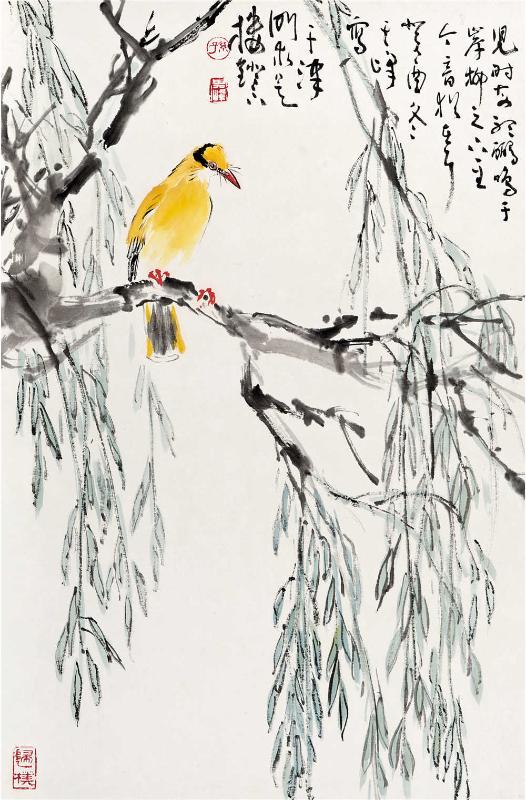
夫恶有同方取不取同而已者乎？